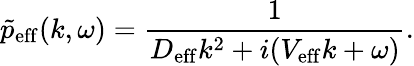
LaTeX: \tilde{p}_{\mathrm{eff}}(k,\omega)=\frac{1}{D_{\mathrm{eff}}k^{2}+i(V_{\mathrm{eff}}k+\omega)}.